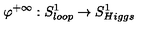
\varphi ^ { + \infty } : S _ { l o o p } ^ { 1 } \rightarrow S _ { H i g g s } ^ { 1 }